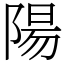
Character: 陽